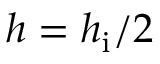
h = h _ { \mathrm { i } } / 2